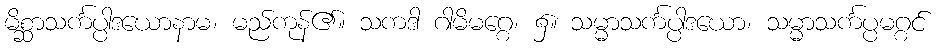
မိစ္ဆာသင်္ကပ္ပါဒယောနာမ၊ မည်ကုန်၏။ သကဒါ ဂါမိမဂ္ဂေ၊ ၌။ သမ္မာသင်္ကပ္ပါဒယော၊ သမ္မာသင်္ကပ္ပမဂ္ဂင်